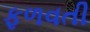
ફળવતી